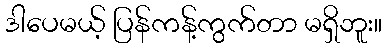
ဒါပေမယ့် ပြန်ကန့်ကွက်တာ မရှိဘူး။